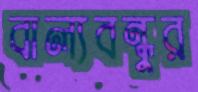
বাল্যবন্ধুর